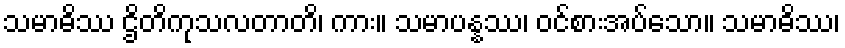
သမာဓိဿ ဌိတိကုသလတာတိ၊ ကား။ သမာပန္နဿ၊ ဝင်စားအပ်သော။ သမာဓိဿ၊